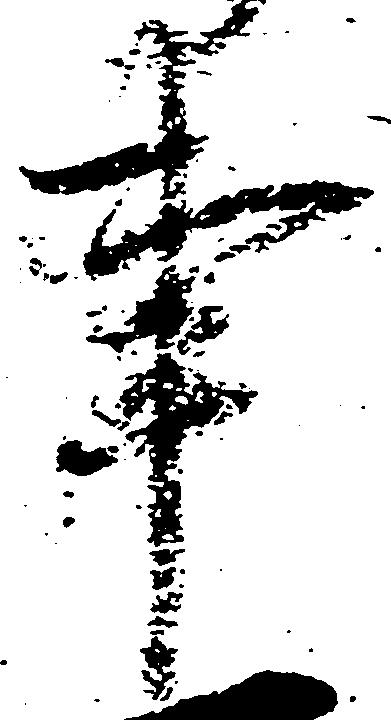
事